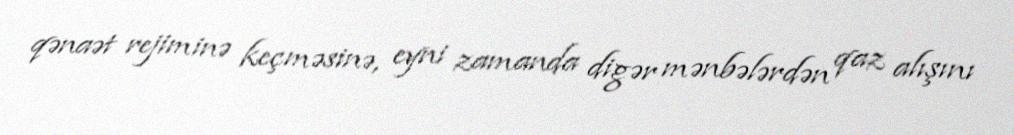
qənaət rejiminə keçməsinə, eyni zamanda digər mənbələrdən qaz alışını